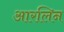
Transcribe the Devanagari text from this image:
आरलिन